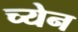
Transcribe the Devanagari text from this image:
च्येन